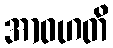
အာဝဟတိ